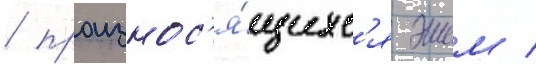
/ произнос'я́щихс'я эшем /